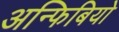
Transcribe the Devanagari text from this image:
अन्फिबियो